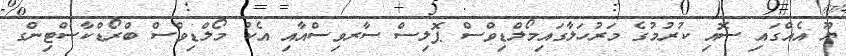
ޔޫ އެއްގައި ސޮއި ކުރުމުގެ މަރުހަލާގައިމޯލްޑިވްސް ޕޮލިސް ސާރވިސްއާއި އެކު މޯލްޑިވްސް ބްރޯޑްކާސްޓިންގ